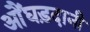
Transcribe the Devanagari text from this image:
औंघड़दानी